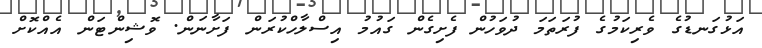
އަޅުގަނޑުގެ ވެރިކަމުގެ ފުރަތަމަ ދުވަހުން ފެށިގެން ގައުމު އިސްލާހްކުރަން ފަށާނަން. ވޮޝިންޓަން އެއްކޮށް